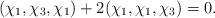
LaTeX: \begin{align*}(\chi_1,\chi_3,\chi_1)+2(\chi_1,\chi_1,\chi_3)=0.\end{align*}